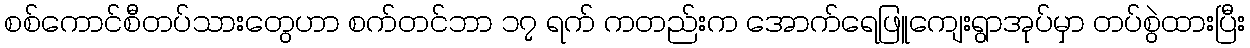
စစ်ကောင်စီတပ်သားတွေဟာ စက်တင်ဘာ ၁၇ ရက် ကတည်းက အောက်ရေဖြူကျေးရွာအုပ်မှာ တပ်စွဲထားပြီး